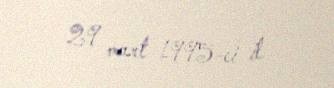
29 mart 1995-ci il